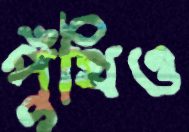
পুঁথিও